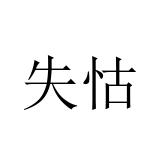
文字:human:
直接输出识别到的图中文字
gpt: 失怙